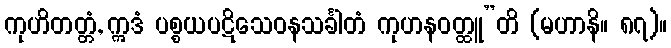
ကုဟိတတ္တံ, ဣဒံ ပစ္စယပဋိသေဝနသင်္ခါတံ ကုဟနဝတ္ထူ”တိ (မဟာနိ။ ၈၇)။